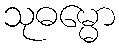
သုဓမ္မော